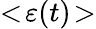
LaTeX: <\! \varepsilon(t)\! >